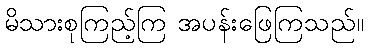
မိသားစုကြည့်ကြ အပန်းဖြေကြသည်။